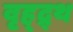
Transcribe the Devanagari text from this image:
वृह्द्र्थ